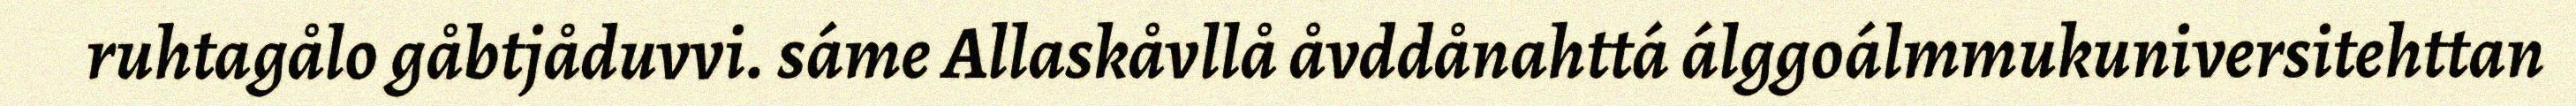
ruhtagålo gåbtjåduvvi. sáme Allaskåvllå åvddånahttá álggoálmmukuniversitehttan